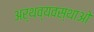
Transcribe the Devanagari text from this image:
अर्थव्यवस्थाओ